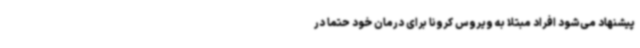
پیشنهاد می‌شود افراد مبتلا به ویروس کرونا برای درمان خود حتما در